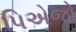
પિએજો